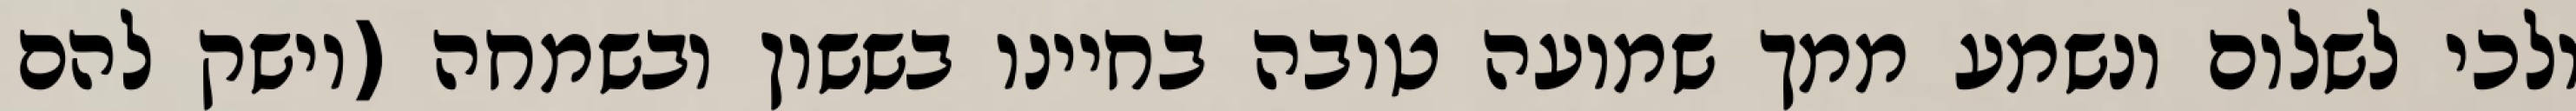
ולכי לשלום ונשמע ממך שמועה טובה בחיינו בששון ובשמחה (וישק להם